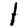
Digit: 1